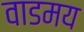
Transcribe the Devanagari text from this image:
वाडमय